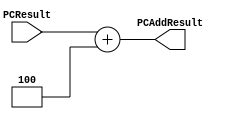
`timescale 1ns / 1ps

////////////////////////////////////////////////////////////////////////////////
// ECE369A - Computer Architecture
// Laboratory  
// Module - PCAdder.v
// Description - 32-Bit program counter (PC) adder.
// 
// INPUTS:-
// PCResult: 32-Bit input port.
// 
// OUTPUTS:-
// PCAddResult: 32-Bit output port.
//
// FUNCTIONALITY:-
// Design an incrementor (or a hard-wired ADD ALU whose first input is from the 
// PC, and whose second input is a hard-wired 4) that computes the current 
// PC + 4. The result should always be an increment of the signal 'PCResult' by 
// 4 (i.e., PCAddResult = PCResult + 4).
////////////////////////////////////////////////////////////////////////////////

module PCAdder(PCAddResult, PCResult);

    input [31:0] PCResult;
    output [31:0] PCAddResult;
    
    assign PCAddResult = PCResult + 32'd4;
    
endmodule